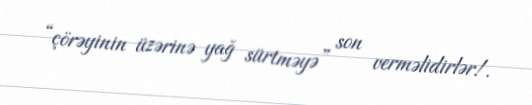
“çörəyinin üzərinə yağ sürtməyə” son verməlidirlər!.